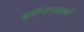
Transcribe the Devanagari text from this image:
बदीउज्ज़माँ